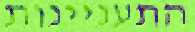
התעניינות